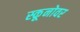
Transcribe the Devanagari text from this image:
स्कूनोवर